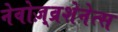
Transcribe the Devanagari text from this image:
नेवोज़्व्रशेनेत्स